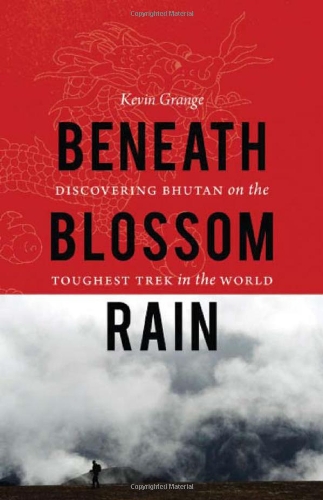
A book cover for Beneath Blossom Rain: Discovering Bhutan on the Toughest Trek in the World; Kevin Grange; Travel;